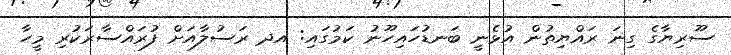
ސޫރިޔާގެ ގިނަ ރައްޔިތުން އުޅެނީ ބަނޑުހައިހޫނު ކަމުގައި: އދ ރަސުލާއަށް ފުރައްސާރަކުރި މީހާ